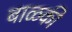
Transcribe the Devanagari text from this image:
बाळकी